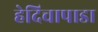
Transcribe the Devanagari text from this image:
हेदिचापाडा